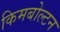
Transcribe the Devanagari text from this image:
किमबोल्टन